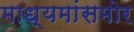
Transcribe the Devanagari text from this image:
माध्यमांसमोर